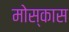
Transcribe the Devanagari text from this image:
मोस्कास